Annual administration report of the Civil Veterinary Department of India - 1909-1910
Year: 1909
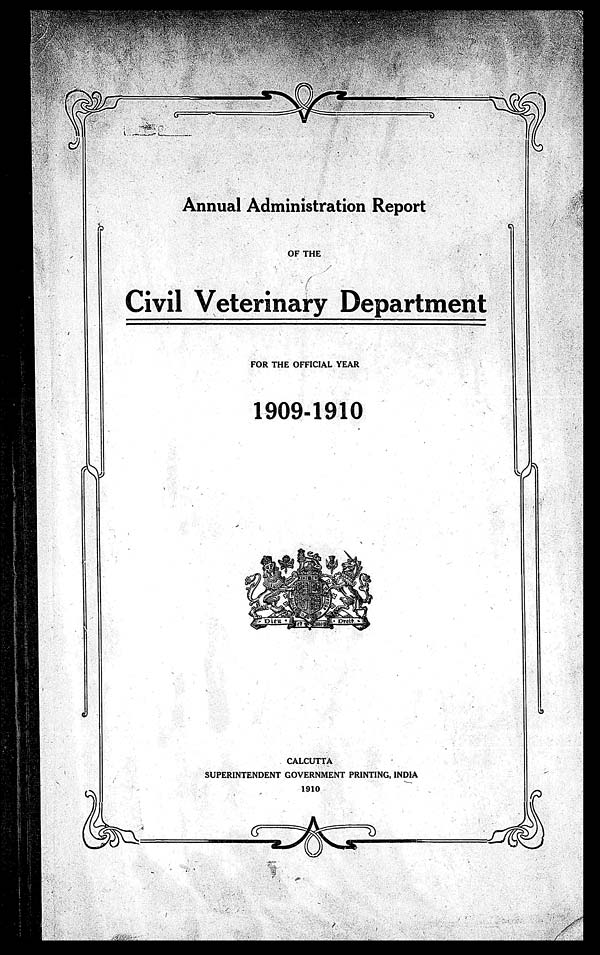
Annual Administration Report
OF THE
Civil Veterinary Department
FOR THE OFFICIAL YEAR
1909-1910
CALCUTTA
SUPERINTENDENT GOVERNMENT PRINTING, INDIA
1910